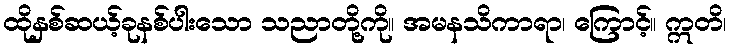
ထိုနှစ်ဆယ့်ခုနစ်ပါးသော သညာတို့ကို။ အမနသိကာရာ၊ ကြောင့်။ ဣတိ၊